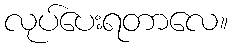
လုပ်ပေးရတာလေ။